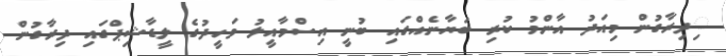
ިދިރާގުން މިއަދު އާންމު ކުރި ބަޔާނެއްގައި ބުނީ އިސްމާއީލު ވަހީދުގެ ލީޑާޝިޕްގައި ދިރާގުން